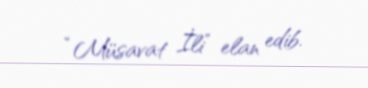
“Müsavat İli” elan edib.